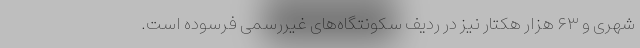
شهری و ۶۳ هزار هکتار نیز در ردیف سکونتگاه‌های غیررسمی فرسوده است.